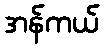
အန်ကယ်